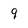
Character: 9